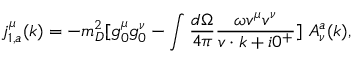
j _ { 1 , a } ^ { \mu } ( k ) = - m _ { D } ^ { 2 } [ g _ { 0 } ^ { \mu } g _ { 0 } ^ { \nu } - \int { \frac { d \Omega } { 4 \pi } } { \frac { \omega v ^ { \mu } v ^ { \nu } } { v \cdot k + i 0 ^ { + } } } ] \ A _ { \nu } ^ { a } ( k ) ,